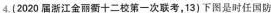
4.(2020届浙江金丽街十二校第一次联考，13）下图是时任国防